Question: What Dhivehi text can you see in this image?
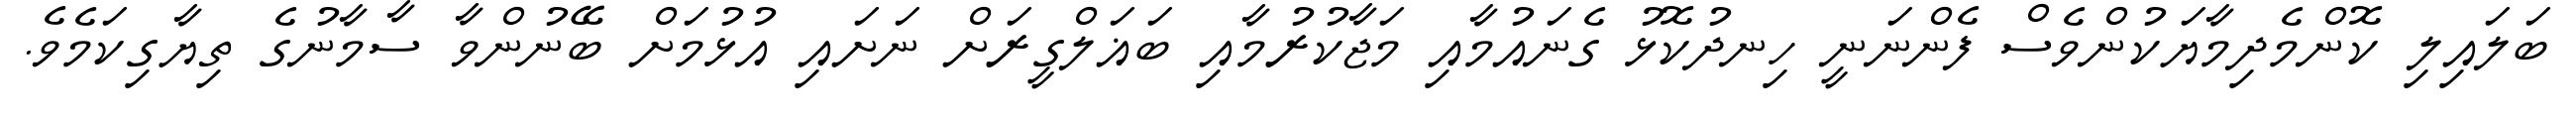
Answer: ބަލައިލި ކޮންމެދިމާޔަކުންވެސް ފެންނަނީ ހިނދުކޮޅު ގެނައުމާއި މަޖާކުރުމާއި ބަޣަލްގީރަށް ނަށައި އުޅުމަށް ބޭނުންވާ ސާމާނުގެ ތިޔާގިކަމެވެ.